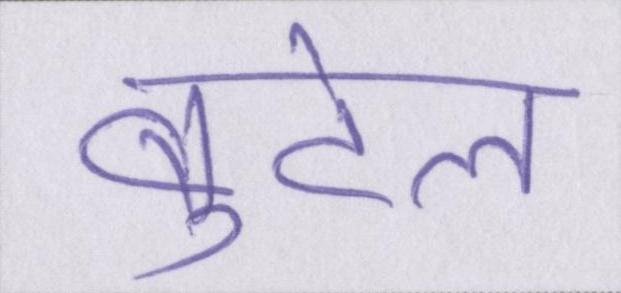
बुटेल